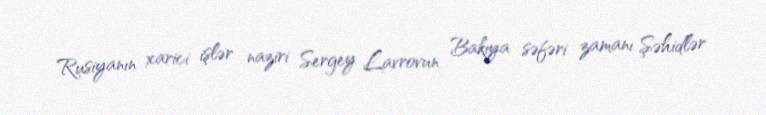
Rusiyanın xarici işlər naziri Sergey Lavrovun Bakıya səfəri zamanı Şəhidlər